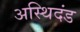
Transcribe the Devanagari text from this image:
अस्थिदंड